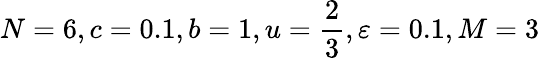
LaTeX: N=6,c=0.1,b=1,u=\frac{2}{3},\varepsilon=0.1,M=3